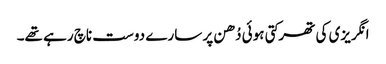
انگریزی کی تھرکتی ہوئی دُھن پر سارے دوست ناچ رہے تھے۔